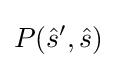
P({\hat {s}}',{\hat {s}})